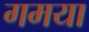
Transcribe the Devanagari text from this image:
गमया